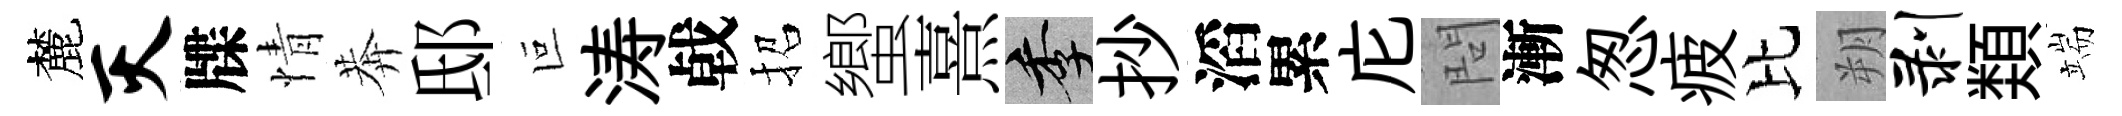
麓灭牒情莾邸叵涛㦸招蠁熹季抄滔累庀問漸怱疲比朔剥𩔖端